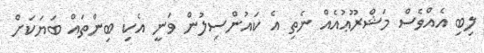
ލިބި އެއްވެސް މަޝްރޫޢުއެއް ނެތި އެ ކައުންސިލުން ވަނީ އެކި ބިންތައް ބަޔަކަށް